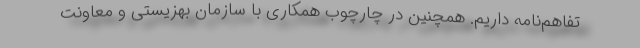
تفاهم‌نامه داریم. همچنین در چارچوب همکاری با سازمان بهزیستی و معاونت